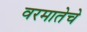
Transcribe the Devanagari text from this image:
वरमातेचे